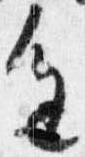
進